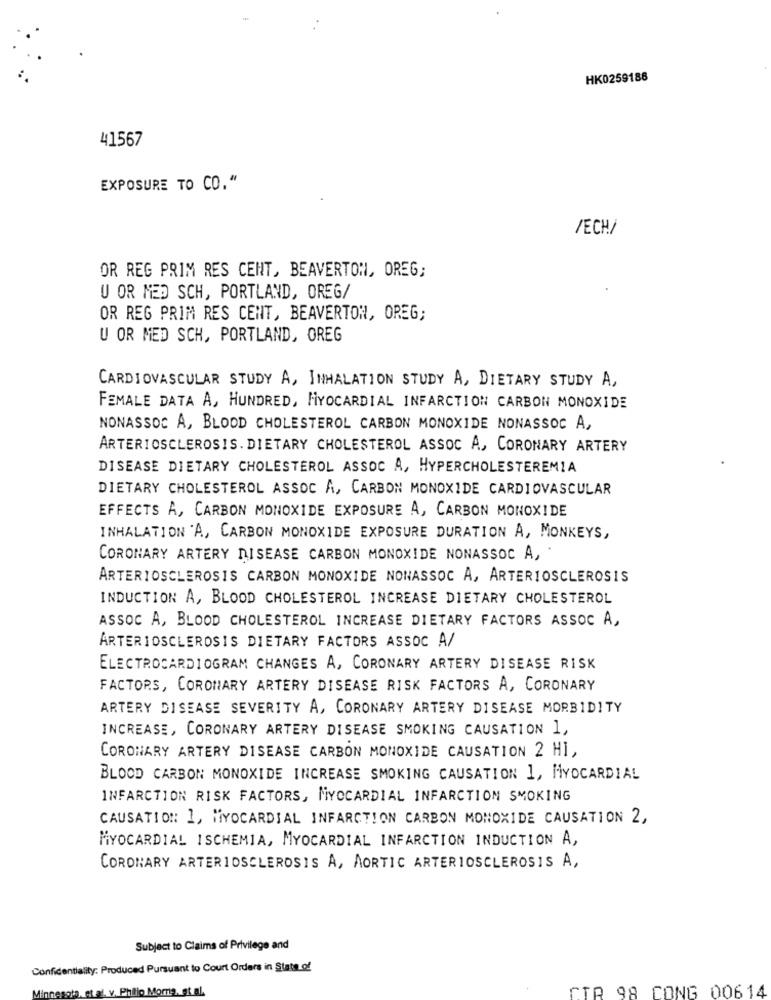
HK0259186
41567
EXPOSURE TO CO."
/ECH/
OR REG PRIM RES CENT, BEAVERTON, OREG;
U OR MED SCH, PORTLAND, OREG/
OR REG PRIM RES CENT, BEAVERTON, OREG;
U OR MED SCH, PORTLAND, OREG
CARDIOVASCULAR STUDY A, INHALATION STUDY A, DIETARY STUDY A,
FEMALE DATA A, HUNDRED, MYOCARDIAL INFARCTION CARBON MONOXIDE
NONASSOC A, BLOOD CHOLESTEROL CARBON MONOXIDE NONASSOC A,
ARTERIOSCLEROSIS. DIETARY CHOLESTEROL ASSOC A, CORONARY ARTERY
DISEASE DIETARY CHOLESTEROL ASSOC A, HYPERCHOLESTEREMIA
DIETARY CHOLESTEROL ASSOC A, CARBON MONOXIDE CARDIOVASCULAR
EFFECTS A, CARBON MONOXIDE EXPOSURE A, CARBON MONOXIDE
INHALATION 'A, CARBON MONOXIDE EXPOSURE DURATION A, MONKEYS,
CORONARY ARTERY DISEASE CARBON MONOXIDE NONASSOC A,
ARTERIOSCLEROSIS CARBON MONOXIDE NONASSOC A, ARTERIOSCLEROSIS
INDUCTION A, BLOOD CHOLESTEROL INCREASE DIETARY CHOLESTEROL
ASSOC A, BLOOD CHOLESTEROL INCREASE DIETARY FACTORS ASSOC A,
ARTERIOSCLEROSIS DIETARY FACTORS ASSOC A/
ELECTROCARDIOGRAM CHANGES A, CORONARY ARTERY DISEASE RISK
FACTORS, CORONARY ARTERY DISEASE RISK FACTORS A, CORONARY
ARTERY DISEASE SEVERITY A, CORONARY ARTERY DISEASE MORBIDITY
INCREASE, CORONARY ARTERY DISEASE SMOKING CAUSATION 1,
CORONARY ARTERY DISEASE CARBON MONOXIDE CAUSATION 2 HI,
BLOOD CARBON MONOXIDE INCREASE SMOKING CAUSATION 1, MYOCARDIAL
INFARCTION RISK FACTORS, MYOCARDIAL INFARCTION SMOKING
CAUSATION: 1, MYOCARDIAL INFARCTION CARBON MONOXIDE CAUSATION 2,
MYOCARDIAL ISCHEMIA, MYOCARDIAL INFARCTION INDUCTION A,
CORONARY ARTERIOSCLEROSIS A, AORTIC ARTERIOSCLEROSIS A,
Subject to Claims of Privilege and
Confidentiality: Produced Pursuant to Court Orders in State of
Minnesota, et.al. v. Philip Morris, et.al.
CTR 98 CONG 00614